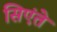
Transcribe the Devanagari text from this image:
सिएंते